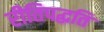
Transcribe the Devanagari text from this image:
रीतिपद्धति